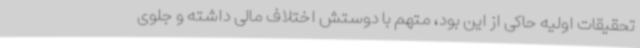
تحقیقات اولیه حاکی از این بود، متهم با دوستش اختلاف مالی داشته و جلوی